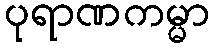
ပုရာဏကမ္မာ